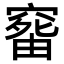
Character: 𥧠